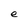
Character: e